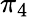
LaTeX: \pi_{4}